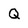
Character: Q